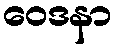
ဝေဒနာ